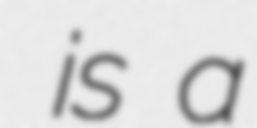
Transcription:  is a